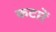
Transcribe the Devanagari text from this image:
कटारें